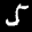
Label: 5